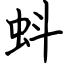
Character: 蚪